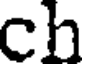
ch